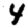
Digit: 4